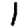
Digit: 1